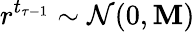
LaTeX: r^{t_{\tau-1}}\sim\mathcal{N}(0,\mathbf{M})